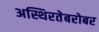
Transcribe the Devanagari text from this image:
अस्थिरतेबरोबर